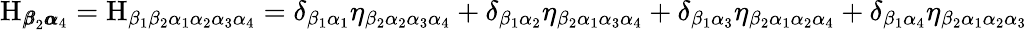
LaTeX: \mathrm{H}_{{\pmb\beta}_{2}{\pmb\alpha}_{4}}=\mathrm{H}_{\beta_{1}\beta_{2}\alpha_{1}\alpha_{2}\alpha_{3}\alpha_{4}}=\delta_{\beta_{1}\alpha_{1}}\eta_{\beta_{2}\alpha_{2}\alpha_{3}\alpha_{4}}+\delta_{\beta_{1}\alpha_{2}}\eta_{\beta_{2}\alpha_{1}\alpha_{3}\alpha_{4}}+\delta_{\beta_{1}\alpha_{3}}\eta_{\beta_{2}\alpha_{1}\alpha_{2}\alpha_{4}}+\delta_{\beta_{1}\alpha_{4}}\eta_{\beta_{2}\alpha_{1}\alpha_{2}\alpha_{3}}